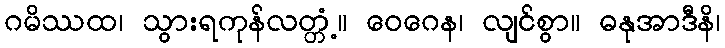
ဂမိဿထ၊ သွားရကုန်လတ္တံ့။ ဝေဂေန၊ လျင်စွာ။ ဓနုအာဒီနိ၊